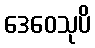
ဒေဝေသုပိ